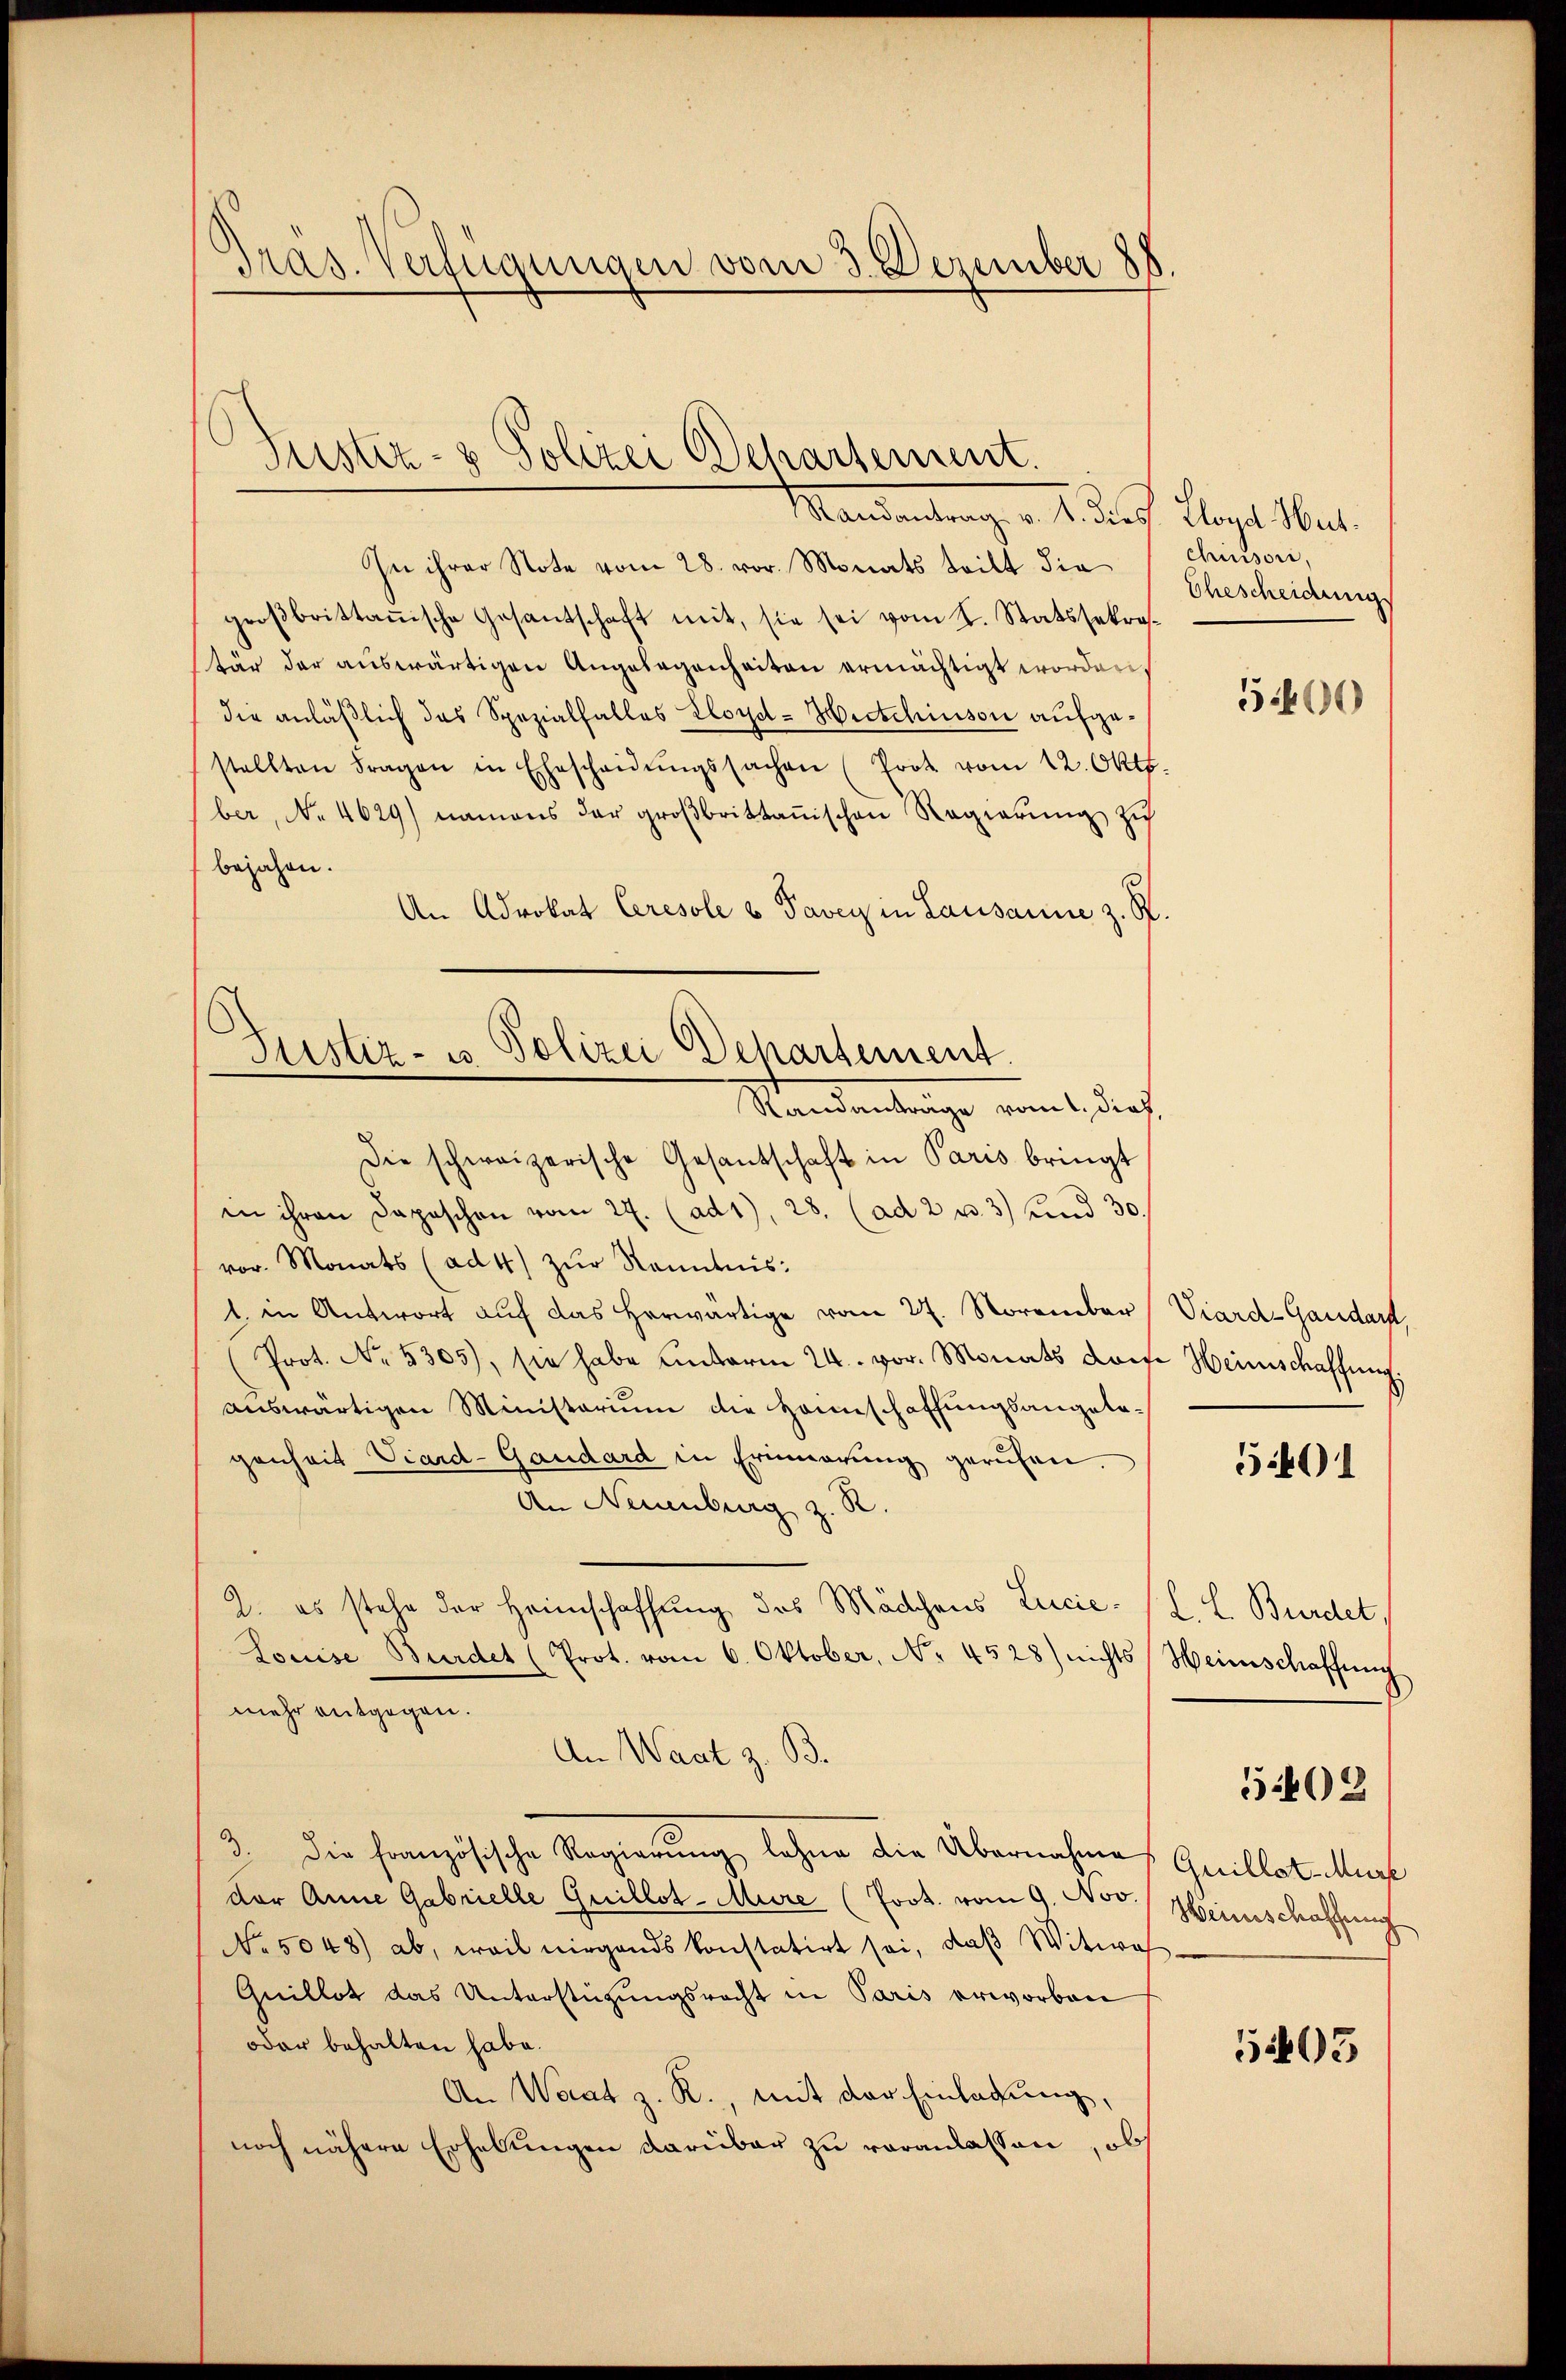
Pras. Verfügungen vom 3. Dezember 188

¬
Justiz- & Polizei Departement.
Randantrag v. 4. diess. Lloyd Hut¬

In ihrer Note vom 28. vor. Monats tritt die
groβbrittanische Gesantschaft mit, sie sei vom 2. Statssekretär der auswärtigen Angelegenheiten ermächtigt worden
die anläßlich das Spezialfalles Lloyd-Hitchiuson aufgestellten Fragen in Ehescheidŭngssachen (Prot vom 12. Oktb.
ber, No 4629) namens der groβbrittanischen Regierŭng zu
bejahen.
An Advokat Ceresole u. Taver in Lausanne z. S.
die schweizerische Gesantschaft in Paris bringt
in ihren Depeschen vom 27. (ad1), 28. (ad 2 u. 3) und 30.
vor. Monats (ad 4) zŭr Kenntnis:
1. in Antwort auf das herwärtige vom 27. November Viard-Gandarst,
Prot. No. 5305), sie habe unterm 24. vor. Monats dome Heinschaffung.
auswärtigen Ministerium die Hannschaffungsangelagenheit Viard-Gaudard in Erinnerung gerufen.
An Neuenburg z. R.
2. es stehe der Heimschaffung des Mädchens Lucie- (L. L. Bundet,
Louise Bundet (Prot. vom 6. Oktober, No. 4528) nichts Heimschaffŭng
mehr entgegen.
An Waat z. B.
3.
die französische Regierung lehne die Übernahmes Quillat-Murt
der Anne Gabrielle Guillot-Mure (Prot. vom 9. Nov. Weinschaffung
NNo. 5048) ab, weil nirgends konstatirt sei, daß Witwe
Quillat das Unterstüzungsrecht in Paris erworben
oder behalten habe.
An Werat z. R., mit der Einladung,
noch nähere Erhebungen darüber zu veranlassen, ob

Justiz- u Polizei Departement
Standentrage weit dich

chinson,
Ehescheidung
500

501

5402

5403